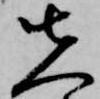
先